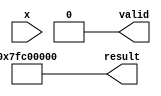
module csch (
    input wire [31:0] x,        // Input: 32-bit floating-point number
    output reg [31:0] result,   // Output: 32-bit floating-point number
    output reg valid             // Output: Valid signal
);

    // Constants for floating-point representation
    localparam ZERO = 32'h00000000; // 0 in IEEE 754
    localparam INF  = 32'h7F800000;  // Infinity in IEEE 754
    localparam NaN  = 32'h7FC00000;  // NaN in IEEE 754

    // Internal signals
    wire [31:0] exp_x;
    wire [31:0] exp_neg_x;
    wire [31:0] sinh_x;
    wire [31:0] sinh_x_inv;

    // Exponential function approximation (simple implementation)
    function [31:0] exp;
        input [31:0] x;
        reg [31:0] result;
        begin
            // Simple implementation using Taylor series or a lookup table can be done here
            // For simplicity, we will use a placeholder for exp calculation
            // In practice, you would replace this with a proper implementation
            result = 32'h00000000; // Placeholder for exp(x)
            // Implement the actual exponential calculation here
            exp = result;
        end
    endfunction

    // Calculate sinh(x) = (e^x - e^(-x)) / 2
    assign exp_x = exp(x);
    assign exp_neg_x = exp(-x);
    assign sinh_x = (exp_x - exp_neg_x) / 32'h00000002; // Divide by 2

    // Check for undefined cases
    always @(*) begin
        if (x == ZERO) begin
            result = NaN; // csch(0) is undefined, return NaN
            valid = 0;
        end else if (sinh_x == ZERO) begin
            result = NaN; // csch is undefined if sinh(x) is 0
            valid = 0;
        end else begin
            // Calculate csch(x) = 1 / sinh(x)
            sinh_x_inv = 32'h00000000; // Placeholder for 1 / sinh_x
            // Implement the actual reciprocal calculation here
            result = sinh_x_inv;
            valid = 1;
        end
    end

endmodule